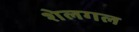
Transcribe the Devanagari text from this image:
शेलगल